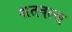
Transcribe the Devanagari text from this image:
शतवल्श